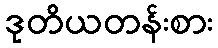
ဒုတိယတန်းစား